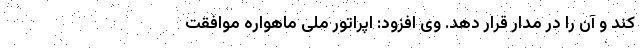
کند و آن را در مدار قرار دهد. وی افزود: اپراتور ملی ماهواره موافقت